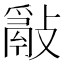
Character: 𢿮